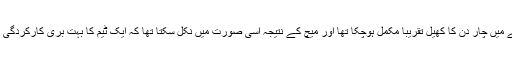
لیکن اس عرصے میں چار دن کا کھیل تقریباً مکمل ہوچکا تھا اور میچ کے نتیجہ اسی صورت میں نکل سکتا تھا کہ ایک ٹیم کا بہت بری کارکردگی کا مظاہرہ کرے۔